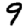
Digit: 9